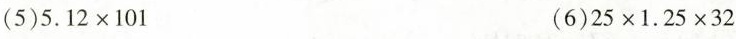
(5)$$5 . 1 2 \times 1 0 1$$ (6)$$2 5 \times 1 . 2 5 \times 3 2$$